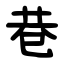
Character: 巷